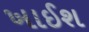
ખાઈશ